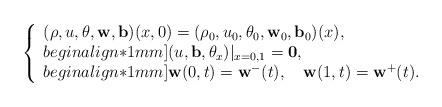
LaTeX: \begin{align*}\left\{\begin{array}{lllllll}(\rho,u,\theta, \mathbf{w},\mathbf{b})(x,0)=(\rho_0,u_0,\theta_0,\mathbf{w}_0,\mathbf{b}_0)(x),\\begin{align*}1mm](u, \mathbf{b},\theta_x)|_{x=0, 1}=\mathbf{0},\\begin{align*}1mm]\mathbf{w}(0,t)=\mathbf{w}^-(t),\quad\mathbf{w}(1,t)=\mathbf{w}^+(t).\end{array}\right.\end{align*}